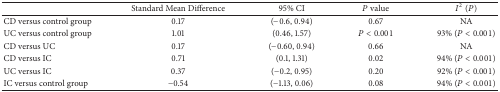
<table><thead><tr><td><b> </b></td><td><b>Standard Mean Difference</b></td><td><b>95% CI</b></td><td><b><i>P</i> value</b></td><td><b><i>I</i><sup>2</sup>(<i>P</i>)</b></td></tr></thead><tbody><tr><td>CD versus control group</td><td>0.17</td><td>(−0.6, 0.94)</td><td>0.67</td><td>NA</td></tr><tr><td>UC versus control group</td><td>1.01</td><td>(0.46, 1.57)</td><td><i>P</i> &lt; 0.001</td><td>93% (<i>P</i> &lt; 0.001)</td></tr><tr><td>CD versus UC</td><td>0.17</td><td>(−0.60, 0.94)</td><td>0.66</td><td>NA</td></tr><tr><td>CD versus IC</td><td>0.71</td><td>(0.1, 1.31)</td><td>0.02</td><td>94% (<i>P</i> &lt; 0.001)</td></tr><tr><td>UC versus IC</td><td>0.37</td><td>(−0.2, 0.95)</td><td>0.20</td><td>92% (<i>P</i> &lt; 0.001)</td></tr><tr><td>IC versus control group</td><td>−0.54</td><td>(−1.13, 0.06)</td><td>0.08</td><td>94% (<i>P</i> &lt; 0.001)</td></tr></tbody></table>